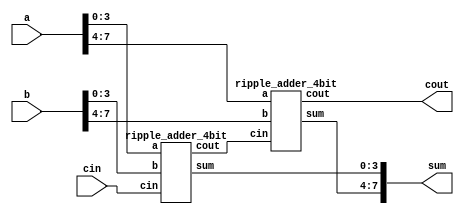

module ripple_adder_8bit(input [7:0] a,b, input cin, output [7:0] sum, output cout);

	wire carry;

	ripple_adder_4bit RA0(a[3:0],b[3:0],cin,sum[3:0],carry);
	ripple_adder_4bit RA1(a[7:4],b[7:4],carry,sum[7:4],cout);

endmodule
module ripple_adder_4bit(input [3:0] a,b, input cin, output [3:0] sum, output cout);

	wire carry1, carry2, carry3;
	full_adder FA0(a[0],b[0],cin,sum[0],carry1);
	full_adder FA1(a[1],b[1],carry1,sum[1],carry2);
	full_adder FA2(a[2],b[2],carry2,sum[2],carry3);
	full_adder FA3(a[3],b[3],carry3,sum[3],cout);

endmodule

module full_adder(input a, b, cin, output sum, cout);

	wire sum1,carry1,carry2;
	half_adder HA0(a,b,sum1,carry1);
	half_adder HA1(cin,sum1,sum,carry2);

	assign cout = carry1 | carry2;

endmodule
module half_adder(input a,b, output sum, carry);

	assign sum = a ^ b;
	assign carry = a & b;

endmodule